Annual report of the Punjab Veterinary College and of the Civil Veterinary Department, Punjab - 1920-1925
Year: 1920
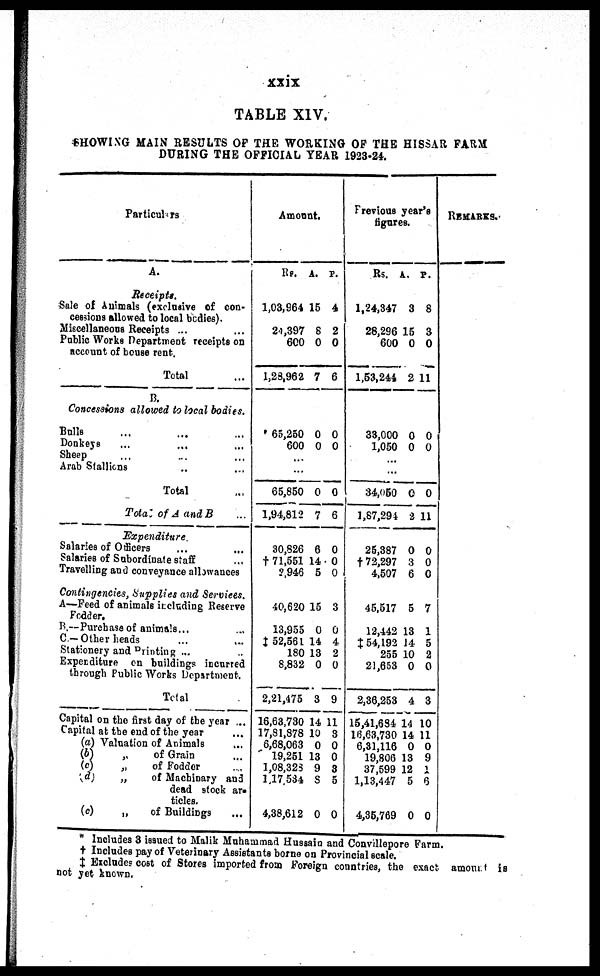
xxix
TABLE XIV.
SHOWING MAIN RESULTS OF THE WORKING OF THE HISSAR FARM
DURING THE OFFICIAL YEAR 1923-24.
Particulars
A.
Receipts.
Sale of Animals (exclusive of con-
cessions allowed to local bodies).
Miscellaneous Receipts ...
Public Works Department receipts on
account of house rent.
Total
Concessions allowed to heal bodies.
Bulls ... ... ...
Donkeys
...
...
Sheep
Arab Stallions ... ... ...
Total
Total of A and B ...
Expenditure
Salaries of Officers ... ...
Salaries of Subordinate staff ...
Travelling and conveyance allowances
Contingencies, Supplies and Serviees.
A—Feed of animals itcluding Reserve
Fodder.
B.—Purchase of animals ...
C.- Other heads ...
Stationery and Printing ...
Expenditure on buildings incurred
through Public Works Department.
Total
Capital on the first day of the year ...
Capital at the end of the year
(a) Valuation of Animals
(b)
„
of Grain ...
(c)
„
of Fodder ...
(d)
„
of Machinary and
dead stock ar-
ticles.
(e)
„
of Buildings ...
Amount.
Rs. A. P.
1,03,964 15 4
24,397 8 2
600 0 0
1,28,962 7 6
65,250 0 0
600 0 0
...
...
65,850 0 0
1,94,812 7 6
30,826 6 0
† 71,551 14 0
2,946 5 0
40,620 15 3
13,955 0 0
‡ 52,561 14 4
180 13 2
8,832 0 0
2,21,475 3 9
16,68,730 14 11
17,81,878 10 3
6,68,063 0 0
19,251 13 0
1,08,323 9 8
1,17 534 8 5
4,38,612 0 0
Frevious year's
figures.
Rs.
A. P.
1,24,347 3 8
28,296 15 3
600 0 0
1,53,244 2 11
33,000 0 0
1,050 0 0
...
...
34,060 0 0
1,87,294 i 11
25,387 0 0
†72,297 3 0
4,507 6 0
45,517 5 7
12,442 13 1
‡ 54,192 14 5
255 10 2
21,653 0 0
2,38,253 4 3
15,41,684 14 10
16,63,730 14 11
6,81,116 0 0
19,806 13 9
37,599 12 1
1,13,447 5 6
4,35,769 0 0
REMARKS.
* Includes 8 issued to Malik Muhammad Hussaia and Convillepore Farm.
† Includes pay of Veterinary Assistants borne on Provincial scale.
‡ Excludes cost of Stores imported from Foreign countries, the exact amount is
not yet known.